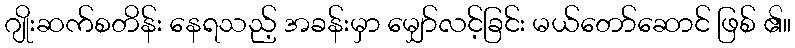
ဂျိုးဆက်စတိန်း နေရသည့် အခန်းမှာ မျှော်လင့်ခြင်း မယ်တော်ဆောင် ဖြစ် ၏။